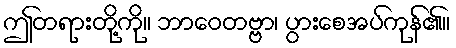
ဤတရားတို့ကို။ ဘာဝေတဗ္ဗာ၊ ပွားစေအပ်ကုန်၏။